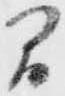
間